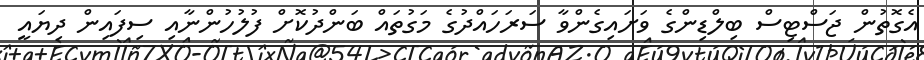
އެގޮތުން ޖަސްޓިސް ބިލްޑިންގެ ވަށައިގެންވާ ސަރަހައްދުގެ މަގުތައް ބަންދުކޮށް ފުލުހުންނާއި ސިފައިން ދިޔައީ